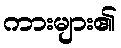
ကားများ၏